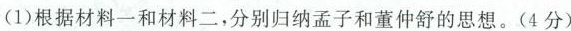
(1)根据材料一和材料二，分别归纳孟子和董仲舒的思想。(4分)